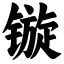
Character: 镟